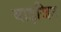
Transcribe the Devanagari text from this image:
बाइजिउ